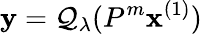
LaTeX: \mathbf{y}=\mathcal{Q}_{\lambda}(P^{m}\mathbf{x}^{(1)})